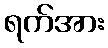
ရက်အား